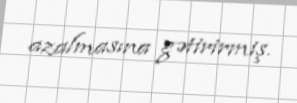
azalmasına gətirirmiş.